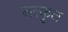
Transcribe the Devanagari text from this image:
सत्कृत